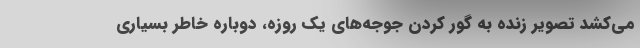
می‌کشد تصویر زنده به گور کردن جوجه‌های یک روزه، دوباره خاطر بسیاری